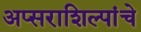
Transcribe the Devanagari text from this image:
अप्सराशिल्पांचे